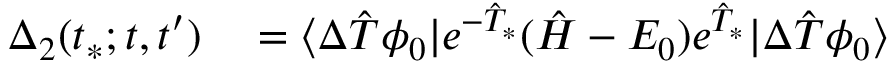
\begin{array} { r l } { \Delta _ { 2 } ( t _ { * } ; t , t ^ { \prime } ) } & { { } = \langle \Delta \hat { T } \phi _ { 0 } | e ^ { - \hat { T } _ { * } } ( \hat { H } - E _ { 0 } ) e ^ { \hat { T } _ { * } } | \Delta \hat { T } \phi _ { 0 } \rangle } \end{array}